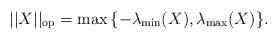
LaTeX: \begin{align*}|| X ||_{\rm op} = {\rm max} \, \{ - \lambda_{\rm min}(X), \lambda_{\rm max}(X) \}.\end{align*}